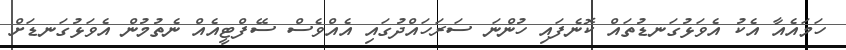
ހަމައެއާ އެކު އެވަޅުގަނޑުތައް ކޮނެފައި ހުންނަ ސަރަހައްދުގައި އެއްވެސް ސޭފްޓީއެއް ނެތުމުން އެވަޅުގަނޑަށް